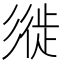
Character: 𢒩